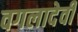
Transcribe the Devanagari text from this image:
वगलादेवी